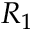
R _ { 1 }